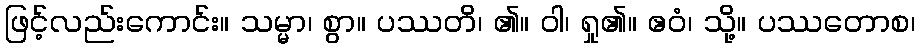
ဖြင့်လည်းကောင်း။ သမ္မာ၊ စွာ။ ပဿတိ၊ ၏။ ဝါ၊ ရှု၏။ ဧဝံ၊ သို့။ ပဿတောစ၊